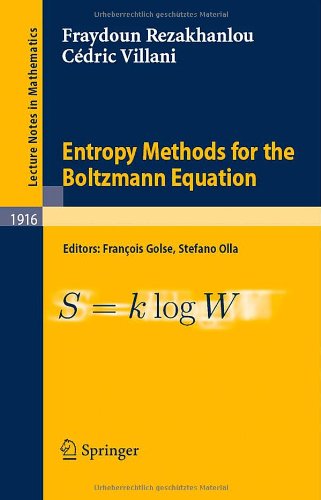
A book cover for Entropy Methods for the Boltzmann Equation: Lectures from a Special Semester at the Centre ÃEmile Borel, Institut H. PoincarÃ©, Paris, 2001 (Lecture Notes in Mathematics); Fraydoun Rezakhanlou; Science & Math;